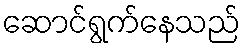
ဆောင်ရွက်နေသည်